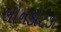
લોનકોટડા